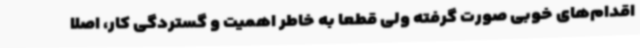
اقدام‌های خوبی صورت گرفته ولی قطعا به خاطر اهمیت و گستردگی کار، اصلاً